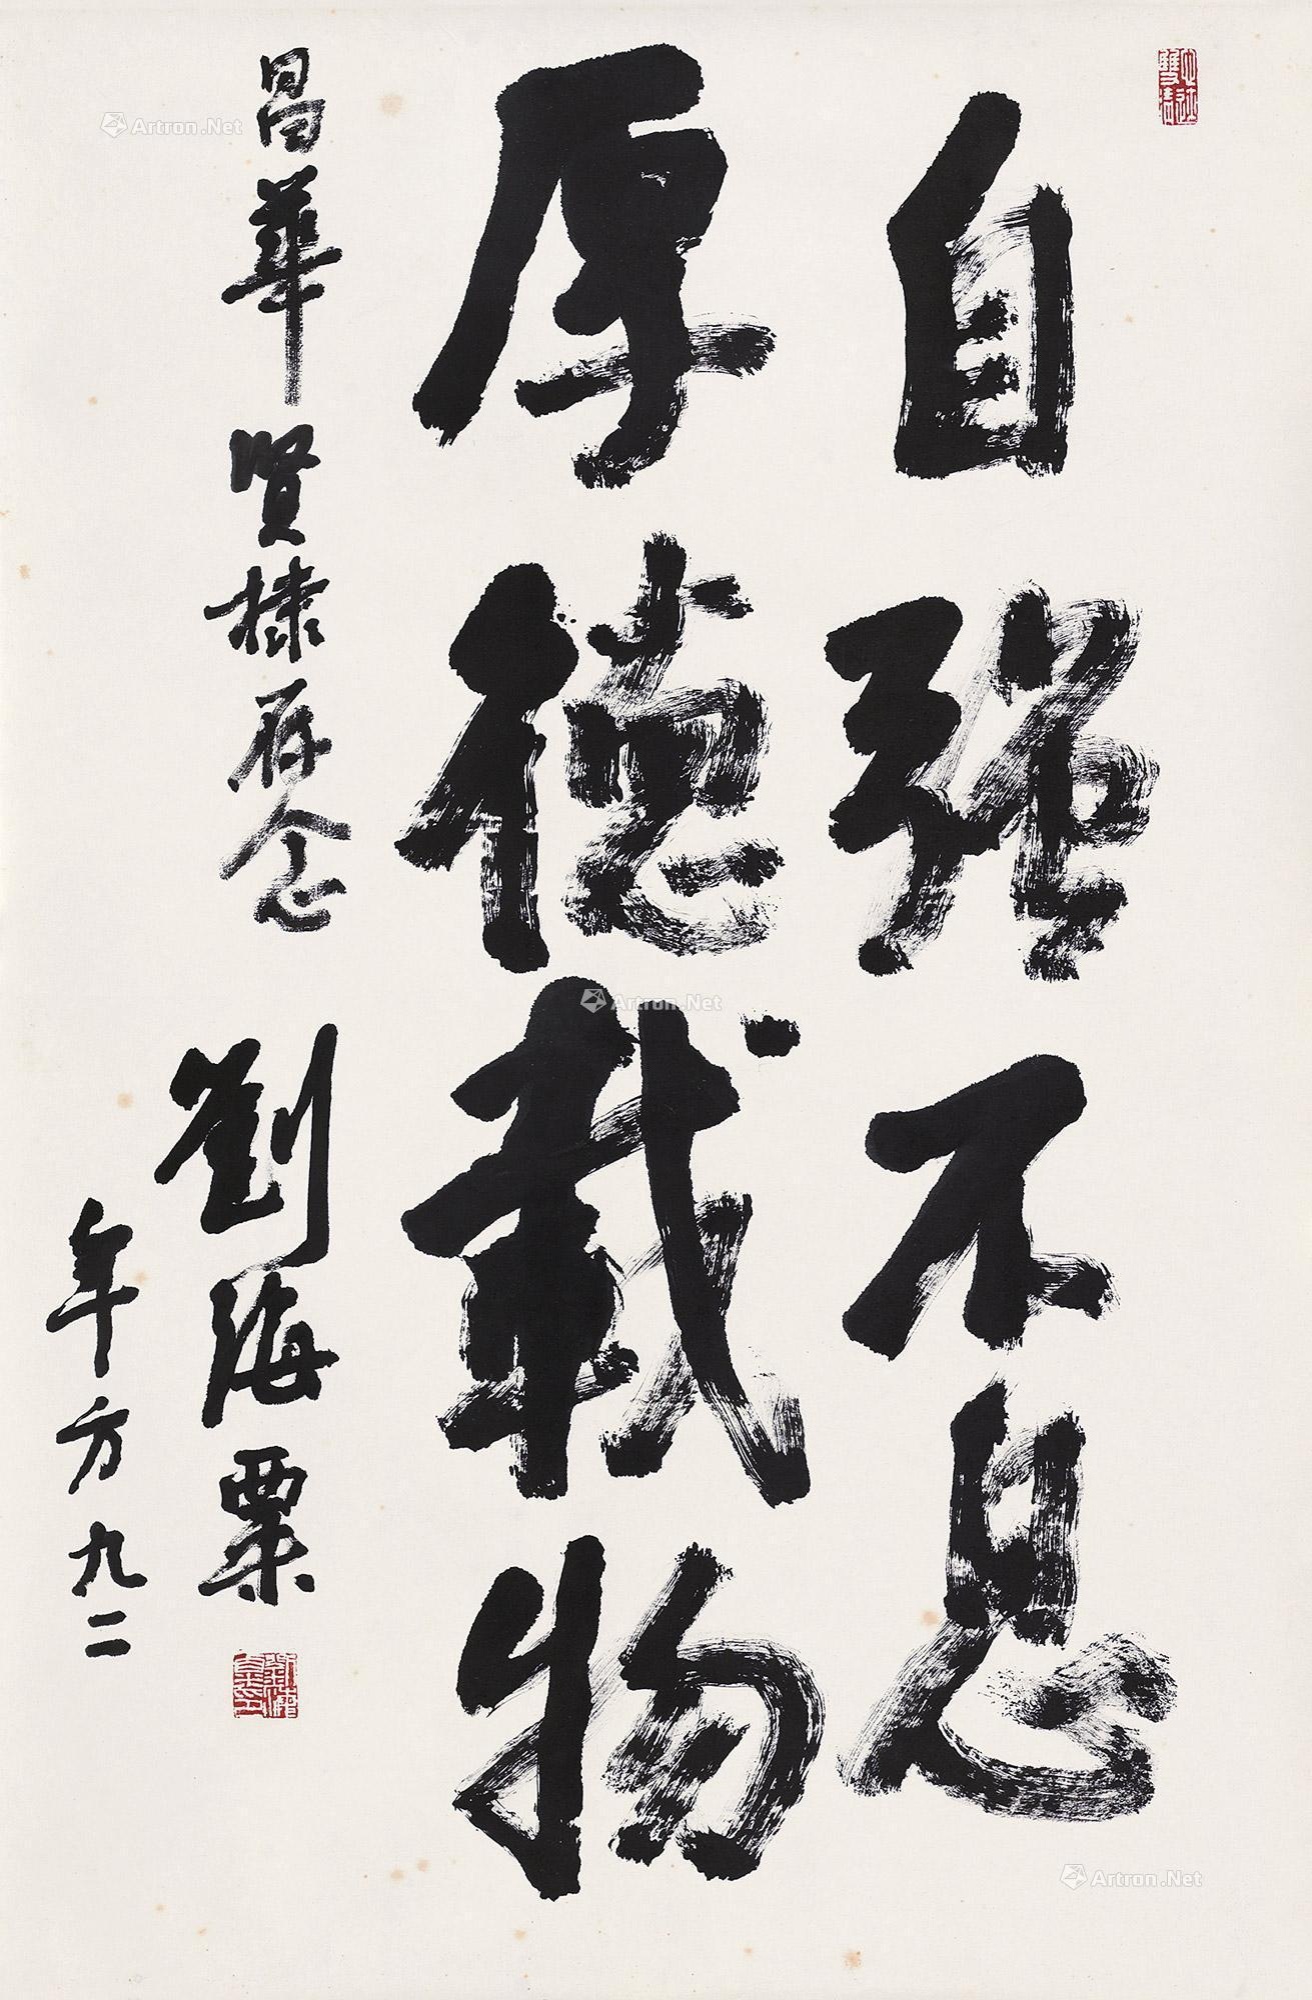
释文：自强不息，厚德载物。昌华贤棣存念，刘海粟年方九二。